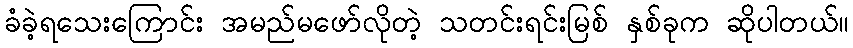
ခံခဲ့ရသေးကြောင်း အမည်မဖော်လိုတဲ့ သတင်းရင်းမြစ် နှစ်ခုက ဆိုပါတယ်။